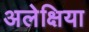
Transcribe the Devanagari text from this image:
अलेक्षिया